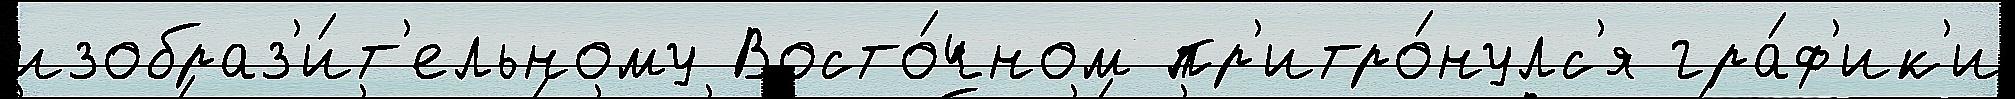
изобраз'и́т'ельному Восто́чном пр'итро́нулс'я гра́ф'ик'и